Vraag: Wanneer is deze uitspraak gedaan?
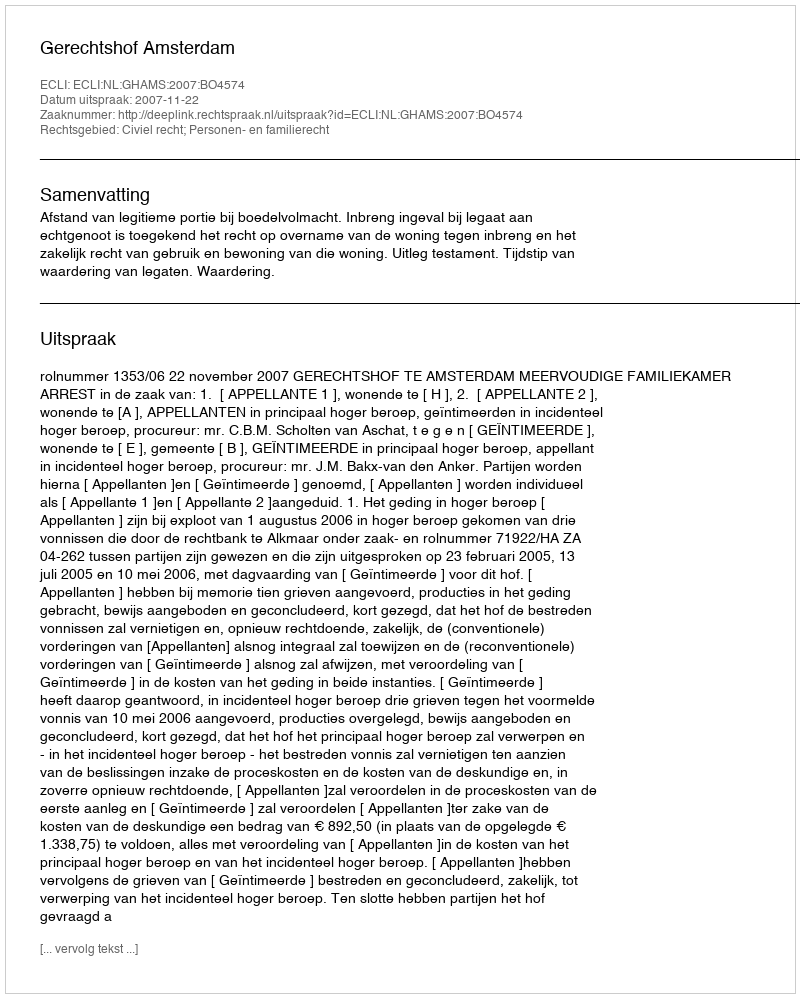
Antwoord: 2007-11-22